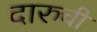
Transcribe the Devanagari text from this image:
दारुची